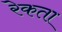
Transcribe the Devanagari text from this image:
रेकता